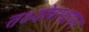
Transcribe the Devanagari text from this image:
तथ्योपस्थापन